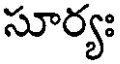
సూర్యః